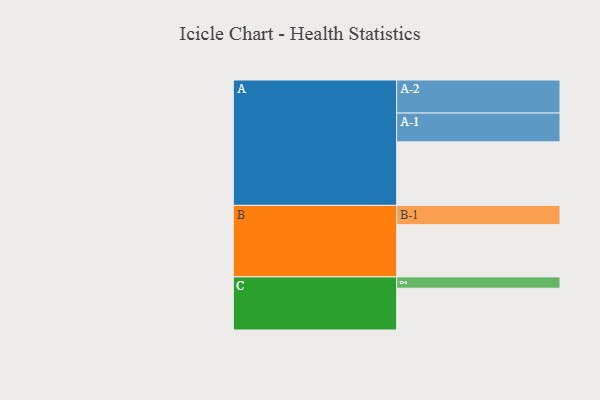
{"axis": {"x": "Segment", "y": "Value"}, "legend": ["", "A", "B", "C"], "data": [{"x": "A", "y": 573, "type": ""}, {"x": "B", "y": 471, "type": ""}, {"x": "C", "y": 377, "type": ""}, {"x": "A-1", "y": 260, "type": "A"}, {"x": "A-2", "y": 298, "type": "A"}, {"x": "B-1", "y": 174, "type": "B"}, {"x": "C-1", "y": 102, "type": "C"}]}